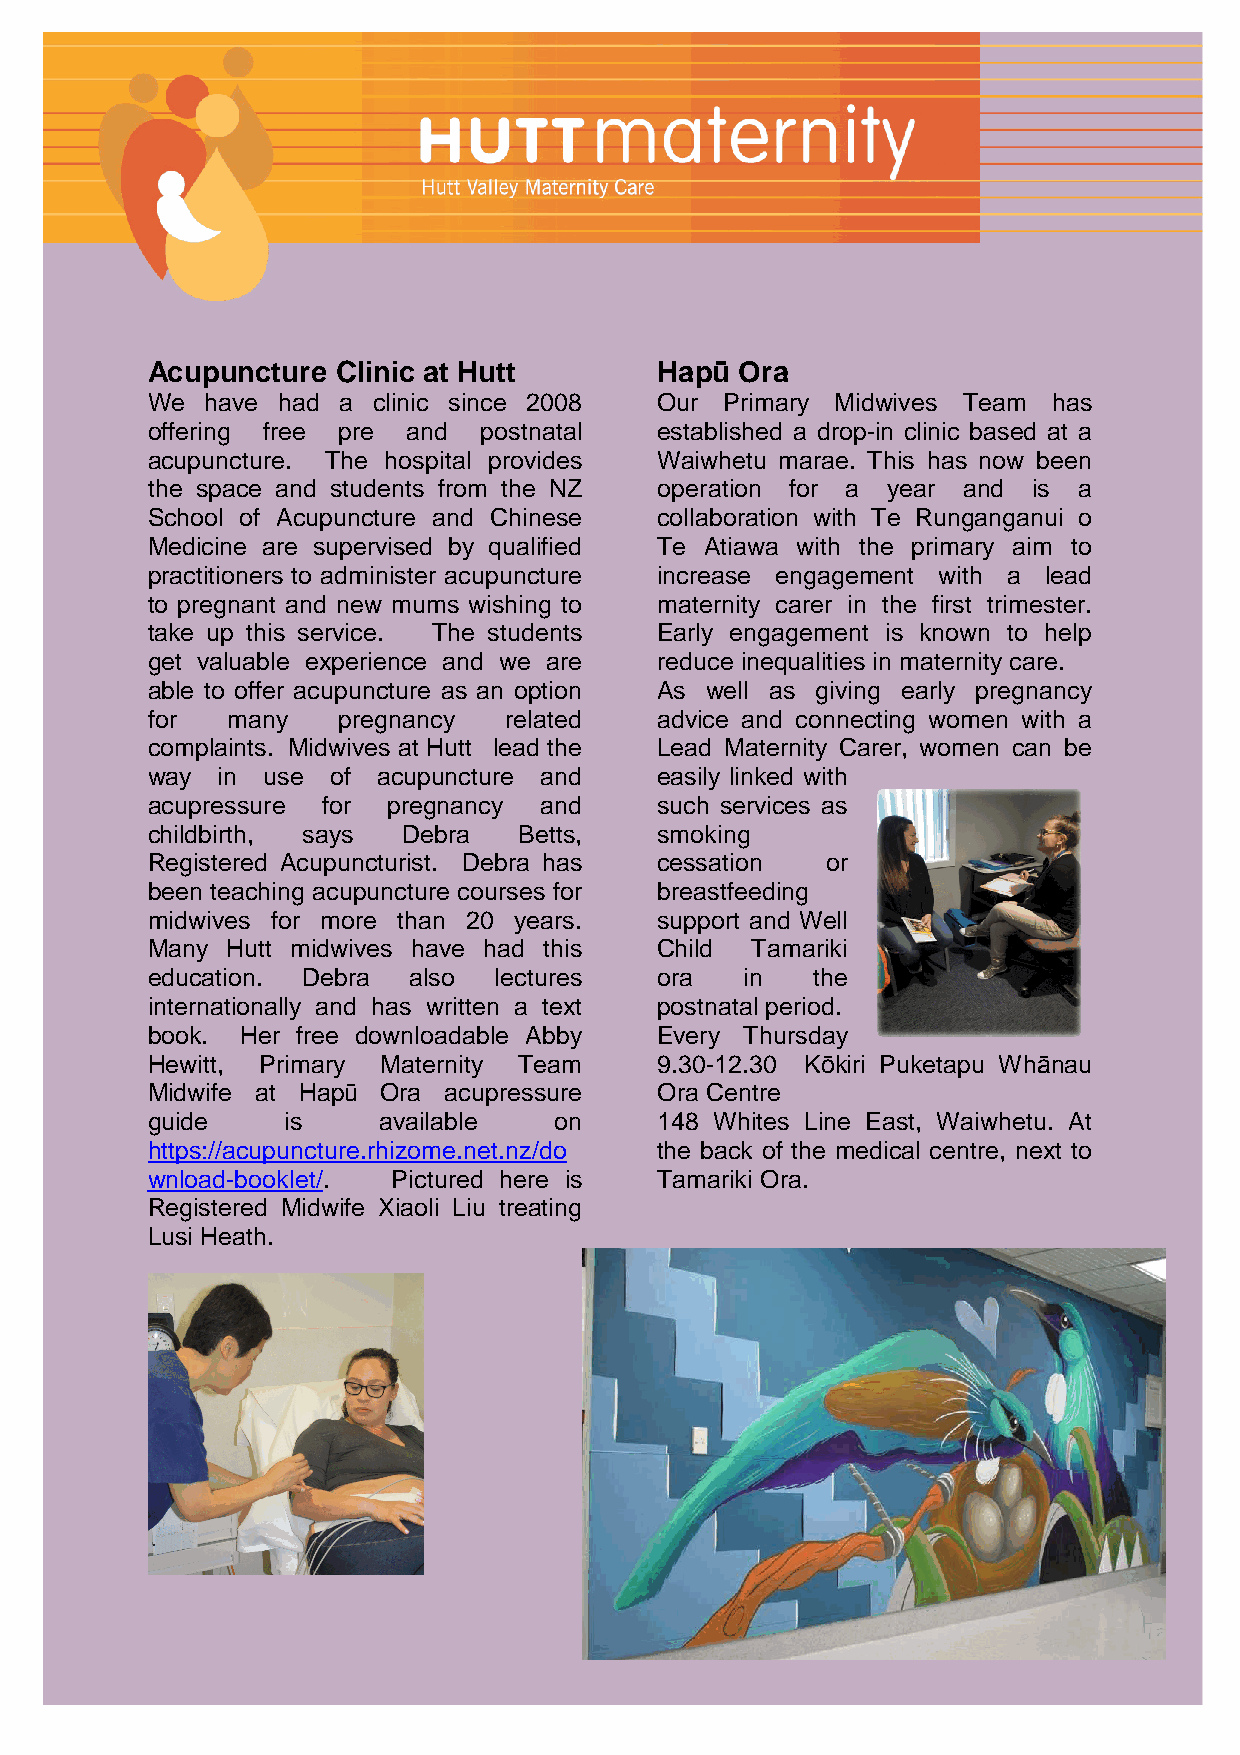
Acupuncture Clinic at Hutt        Hapū Ora
 We  have had a clinic since 2008  Our Primary Midwives Team has
 offering free pre and postnatal   established a drop-in clinic based at a
 acupuncture. The hospital provides Waiwhetu marae. This has now been
 the space and students from the NZ operation for a year and is a
 School of Acupuncture and Chinese collaboration with Te Runganganui o
 Medicine are supervised by qualified Te Atiawa with the primary aim to
 practitioners to administer acupuncture increase engagement with a lead
 to pregnant and new mums wishing to maternity carer in the first trimester.
 take up this service. The students Early engagement is known to help
 get valuable experience and we are reduce inequalities in maternity care.
 able to offer acupuncture as an option As well as giving early pregnancy
 for  many   pregnancy   related   advice and connecting women with a
 complaints. Midwives at Hutt lead the Lead Maternity Carer, women can be
 way in use  of acupuncture and    easily linked with
 acupressure for pregnancy and     such services as
 childbirth, says Debra  Betts,    smoking
 Registered Acupuncturist. Debra has cessation or
 been teaching acupuncture courses for breastfeeding
 midwives for more than 20 years.  support and Well
 Many Hutt midwives have had this  Child Tamariki
 education. Debra also  lectures   ora  in   the
 internationally and has written a text postnatal period.
 book. Her free downloadable Abby  Every Thursday
 Hewitt, Primary Maternity Team    9.30-12.30 Kōkiri Puketapu Whānau
 Midwife at Hapū Ora acupressure   Ora Centre
 guide    is    available   on     148 Whites Line East, Waiwhetu. At
 https://acupuncture.rhizome.net.nz/do the back of the medical centre, next to
 wnload-booklet/. Pictured here is Tamariki Ora.
 Registered Midwife Xiaoli Liu treating
 Lusi Heath.